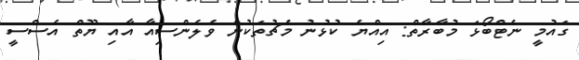
ގައުމީ ނެޓްބޯޅަ މުބާރާތް: އިއްޔެ ކުޅުނު މެޗުތަކުން ވެލެންސިއާ އާއި ޔޫތް އެސްސީ